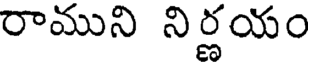
రాముని నిర్ణయం